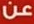
عن